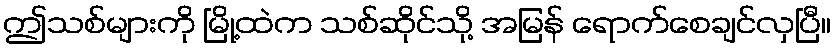
ဤသစ်များကို မြို့ထဲက သစ်ဆိုင်သို့ အမြန် ရောက်စေချင်လှပြီ။